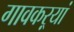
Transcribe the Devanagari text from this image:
गावकऱ्यां